Civil Veterinary Department. United Provinces 1932-42 - 1932-1942
Year: 1932
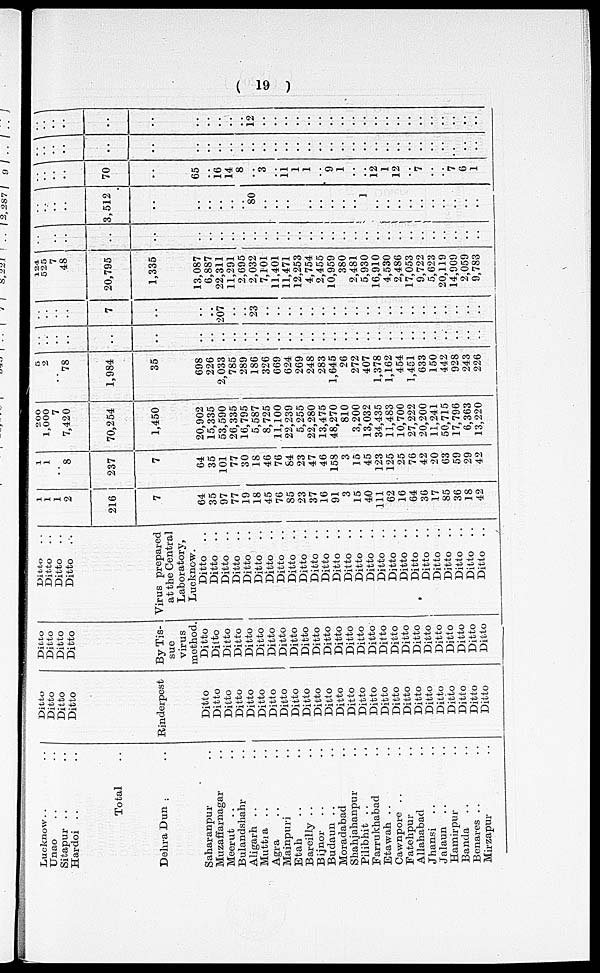
(19)
Lucknow ..
Unao ..
Sitapur ..
Hardoi ..
Total
Dehra Dun ..
Saharanpur ..
Muzaffarnagar ...
Meerut ..
Bulandshahr . .
Aligarh . .
Muttia ..
Agra
Mainpuri ..
Etah ..
Bareilly . .
Bijnor . .
Budaun . .
Moradabad ..
Shahjahanpur. .
Pilibhit ..
Farrukhabad ..
Etawah ..
Cawnpore ..
Fatchpur ..
Allahabad
Jhansi ..
Jalaun ..
Hamirpur ..
Banda ..
Benares ..
Mirzamur . .
Ditto
Ditto
Ditto
Ditto
Rinderpest
Ditto
Ditto Ditto
Ditto
Ditto
Ditto
Ditto
Ditto
Ditto
Ditto
Ditto
Ditto
Ditto
Ditto
Ditto
Ditto
Ditto
Ditto
Ditto
Ditto
Ditto
Ditto
Ditto
Ditto
Ditto
Ditto
Ditto
Ditto
Ditto
Ditto
By Tis-
sue
virus
method.
Ditto
Ditto Ditto
Ditto
Ditto
Ditto
Ditto
Ditto
Ditto
Ditto
Ditto
Ditto
Ditto
Ditto
Ditto
Ditto
Ditto
Ditto
Ditto
Ditto
Ditto
Ditto
Ditto
Ditto
Ditto
Ditto
Ditto
. .
Ditto
Ditto
Ditto
Virus prepared
at the Central
Laboratory,
Lucknow.
Ditto ..
Ditto Ditto
Ditto
Ditto
Ditto ..
Ditto ..
Ditto ..
Ditto
Ditto
Ditto ..
Ditto ..
Ditto ..
Ditto
. .
Ditto ..
Ditto ..
Ditto ..
Ditto
. .
Ditto ..
Ditto ..
Ditto ..
Ditto
Ditto
Ditto
Ditto ..
Ditto
1
1
1
2
216
7
64
35
97
77
19
18
45
76
85
23
37
16
91
3
15
40
111
62
16
64
36
17
85
36
18
42
1
1
8
237
7
64
35
101
77
30
18
46
76
84
23
47
46
158
3
15
45
123
125
25
76
42
20
63
59
29
42
200
1,000
7
7,420
70,254
1,450
20,902
15,335
53,590
26,335
16,795
5,587
8,725
11,100
22,239
5,255
22,280
13,475
48,270
810
3,200
13,032
34,435
11,483
10,700
27 222
20,200
11,241
50,715
17,796
6,363
13,220
5 2
78
1,984
35
698
226
2,033
785
289
186
326
669
624
269
248
283
1,645
26
272
407
1,378
1,162
454
1,451
633
150
442
928
243
226
..
..
..
..
..
..
..
..
7
..
..
207
. .
23
. .
. .
. .
124
525
7
48
20,795
1,335
13,087
6,887
22,311
11,291
2,695
2,032
7,101
11,401
11,471
12,253
4,754
2,455
10,959
380
2,481
5,930
16,910
4,530
2,486
17,053
9,722
5,623
20,119
14,909
2,059
9,783
..
..
..
..
..
3,512
80
1
..
.. ..
..
..
70
65
16
14
8
3
11
1
1
9
1
12
1
12
7
7
6
1
..
..
..
..
..
..
12